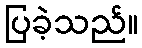
ပြခဲ့သည်။